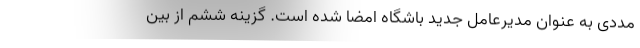
مددی به عنوان مدیرعامل جدید باشگاه امضا شده است. گزینه ششم از بین